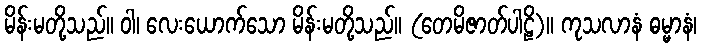
မိန်းမတို့သည်။ ဝါ၊ လေးယောက်သော မိန်းမတို့သည်။ (တေမိဇာတ်ပါဠိ)။ ကုသလာနံ ဓမ္မာနံ၊